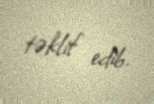
təklif edib.